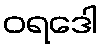
ဝရဒေါ